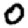
Digit: 0